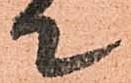
て